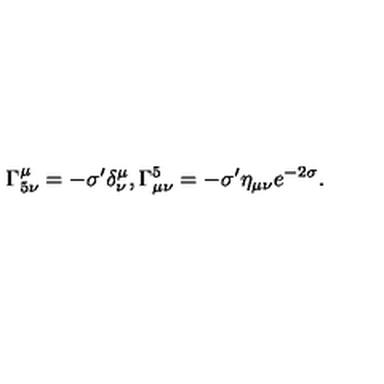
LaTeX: \Gamma _ { 5 \nu } ^ { \mu } = - \sigma ^ { \prime } \delta _ { \nu } ^ { \mu } , \Gamma _ { \mu \nu } ^ { 5 } = - \sigma ^ { \prime } \eta _ { \mu \nu } e ^ { - 2 \sigma } .